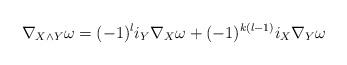
LaTeX: \begin{align*}\nabla_{X\wedge Y} \omega = (-1)^li_Y\nabla_X\omega+(-1)^{k(l-1)}i_X\nabla_Y\omega\end{align*}